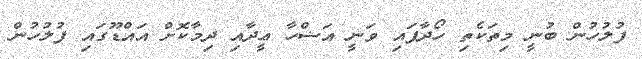
ފުލުހުން ބުނީ މިތަކެތި ހޯދާފައި ވަނީ އަޟްހާ ޢީދާއި ދިމާކޮށް އައްްޑޫގައި ފުލުހުން